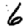
Digit: 6